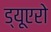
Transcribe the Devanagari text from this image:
ड्यूएरो